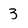
Character: 3